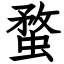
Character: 蝥